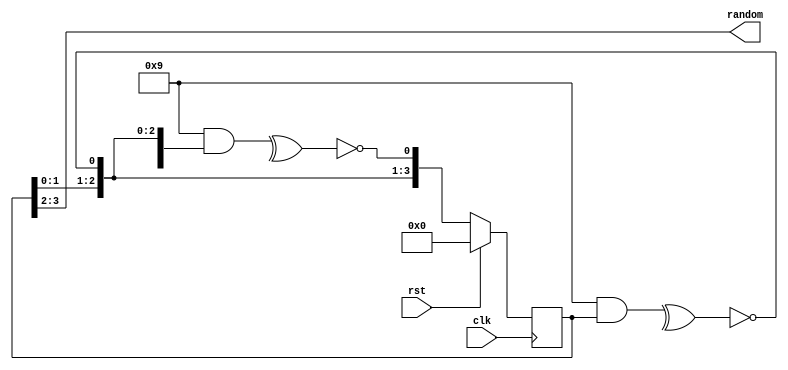
// ref: https://stackoverflow.com/questions/28586384/lsfr-counter-for-random-number
module fibonacci_lfsr(/*autoport*/
//output
			random,
//input
			clk,
			rst);
	parameter POLYNOMIAL=4'h9,N=4,BITS=2;
	input clk,rst;
	output[BITS-1:0] random;
	(* OPTIMIZE="OFF" *)  
	reg[N-1:0] data;/* synthesis keep */
	(* OPTIMIZE="OFF" *)  
	reg[N-1:0] data_next;/* synthesis keep */
	reg feedback;
	integer i;
	assign random=data[N-1:N-BITS];
	always @(*) begin
		data_next=data;
		// Compiler unrolls the loop, calculating the transition matrix
		for(i=0;i<BITS;i=i+1) begin
		feedback=^(POLYNOMIAL&data_next);
		data_next={data_next[N-2:0],~feedback};
		end
	end

	always @(posedge clk) begin
		if(rst) begin
			data<='b0;
		end
		else begin
			data<=data_next;
		end
	end
endmodule